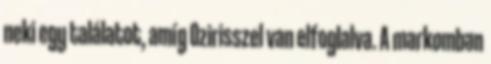
neki egy találatot, amíg Ozirisszel van elfoglalva. A markomban